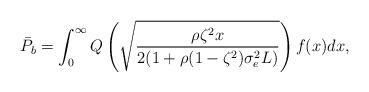
LaTeX: \begin{align*}\begin{aligned} \bar P_b &= \int_0^\infty Q\left(\sqrt{\frac{\rho\zeta^2x}{2(1+\rho(1-\zeta^2)\sigma_e^2L)}}\right)f(x)dx,\end{aligned}\end{align*}